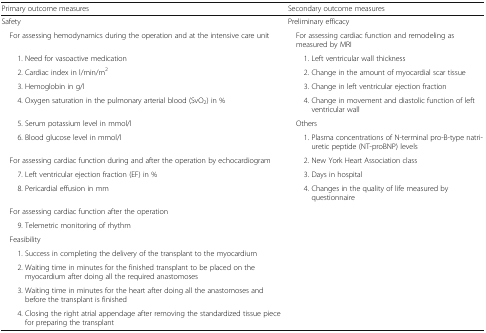
| Primary outcome measures | Secondary outcome measures |
 | --- | --- |
 | Safety | Preliminary efficacy |
 | For assessing hemodynamics during the operation and at the intensive care unit | For assessing cardiac function and remodeling as measured by MRI |
 | 1. Need for vasoactive medication | 1. Left ventricular wall thickness |
 | 2. Cardiac index in l/min/m2 | 2. Change in the amount of myocardial scar tissue |
 | 3. Hemoglobin in g/l | 3. Change in left ventricular ejection fraction |
 | 4. Oxygen saturation in the pulmonary arterial blood (SvO2) in % | 4. Change in movement and diastolic function of left ventricular wall |
 | 5. Serum potassium level in mmol/l | Others |
 | 6. Blood glucose level in mmol/l | 1. Plasma concentrations of N-terminal pro-B-type natriuretic peptide (NT-proBNP) levels |
 | For assessing cardiac function during and after the operation by echocardiogram | 2. New York Heart Association class |
 | 7. Left ventricular ejection fraction (EF) in % | 3. Days in hospital |
 | 8. Pericardial effusion in mm | 4. Changes in the quality of life measured by questionnaire |
 | For assessing cardiac function after the operation |  |
 | 9. Telemetric monitoring of rhythm |  |
 | Feasibility |  |
 | 1. Success in completing the delivery of the transplant to the myocardium |  |
 | 2. Waiting time in minutes for the finished transplant to be placed on the myocardium after doing all the required anastomoses |  |
 | 3. Waiting time in minutes for the heart after doing all the anastomoses and before the transplant is finished |  |
 | 4. Closing the right atrial appendage after removing the standardized tissue piece for preparing the transplant |  |